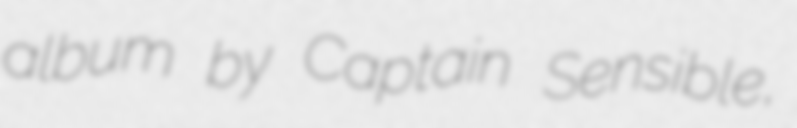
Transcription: album by Captain Sensible,